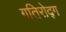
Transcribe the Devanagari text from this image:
गतिरोद्ग